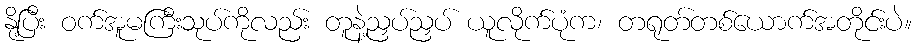
နို့ပြီး ဝက်အူမကြီးသုပ်ကိုလည်း တူနဲ့ညှပ်ညှပ် ယူလိုက်ပုံက၊ တရုတ်တစ်ယောက်အတိုင်းပဲ။